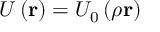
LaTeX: U \left( { \bf r } \right) = U _ { 0 } \left( \rho { \bf r } \right)